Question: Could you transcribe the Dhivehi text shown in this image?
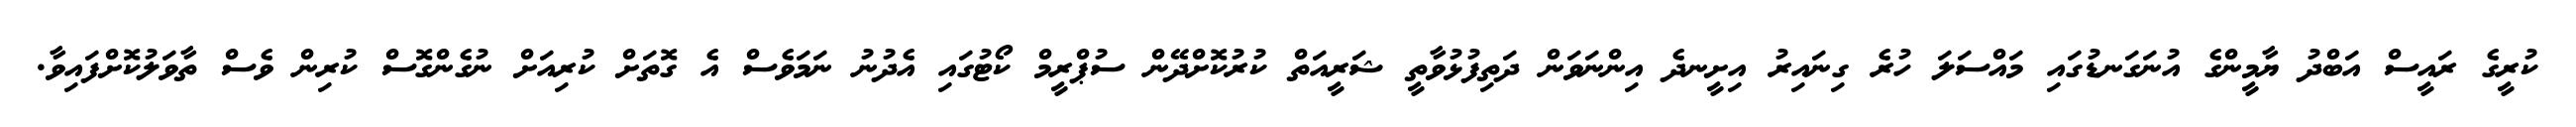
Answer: ކުރީގެ ރައީސް އަބްދު ޔާމީންގެ އުނަގަނޑުގައި މައްސަލަ ހުރެ ގިނައިރު އިށީނދެ އިންނަވަން ދަތިފުޅުވާތީ ޝަރީއަތް ކުރުކޮށްދޭން ސުޕްރީމް ކޯޓުގައި އެދުނު ނަމަވެސް އެ ގޮތަށް ކުރިއަށް ނުގެންގޮސް ކުރިން ވެސް ތާވަލުކޮށްފައިވާ.